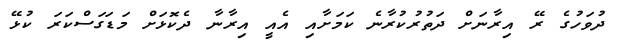
ދުވަހުގެ ރޭ އިރާނަށް ދަތުރުކުރާނެ ކަމަށާއި އެއީ އިރާނާ ދެކޮޅަށް މަޑަގަސްކަރަ ކުޅޭ